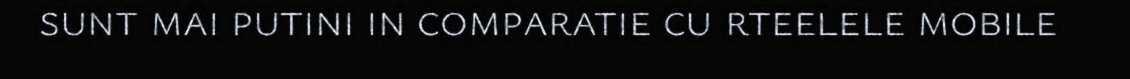
sunt mai putini in comparatie cu rteelele mobile